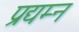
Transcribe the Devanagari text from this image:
प्रद्यम्न